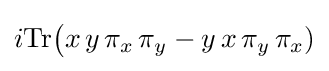
i{\text{Tr}}{\big (}x\,y\,\pi _{x}\,\pi _{y}-y\,x\,\pi _{y}\,\pi _{x})